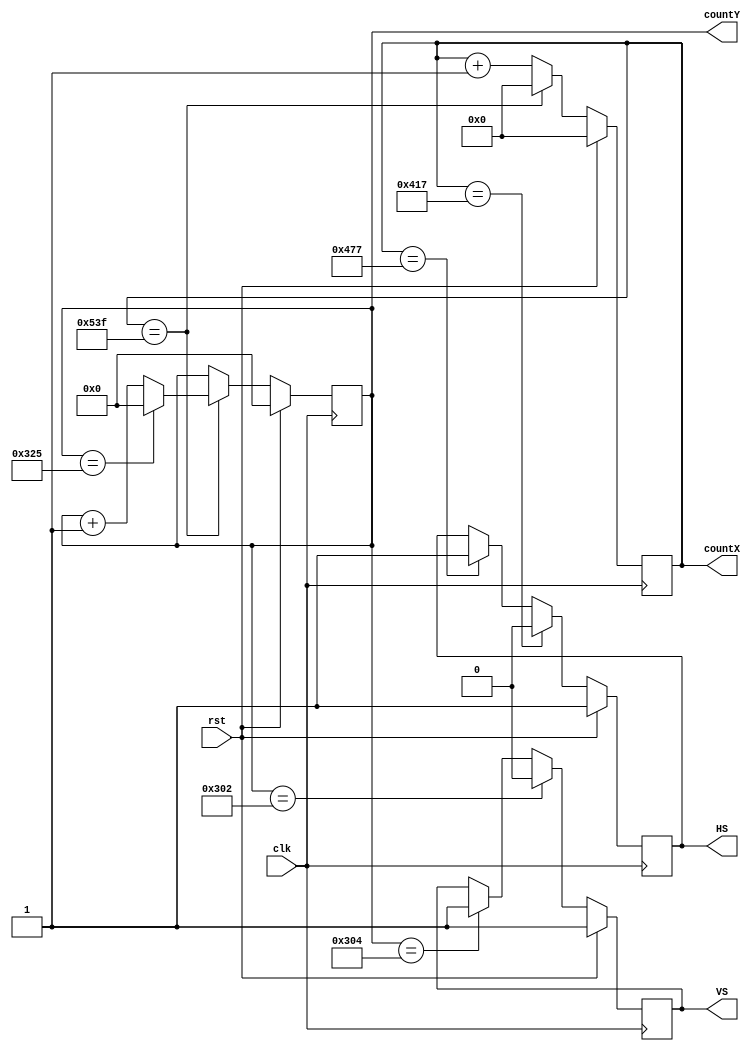
module VGA_Control_1 (
  input clk,                
  input rst,
  output reg HS,            
  output reg VS,            
  output reg [10:0] countX, 
  output reg [9:0] countY   
);
always @(posedge clk) begin
  if(rst) begin
    countX <= 0;
    countY <= 0;
    HS <= 1; 
    VS <= 1;
  end else begin
    if (countX == 1343) begin
      countX <= 0;
      if (countY == 805) countY <= 0;
      else countY <= countY + 1'b1;
    end else countX <= countX + 1'b1;
    if      (countX == 1047) HS <= 0; 
    else if (countX == 1143) HS <= 1; 
    if      (countY == 770) VS <= 0;  
    else if (countY == 772) VS <= 1;  
  end
end
endmodule